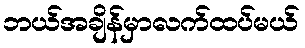
ဘယ်အချိန်မှာလက်ထပ်မယ်